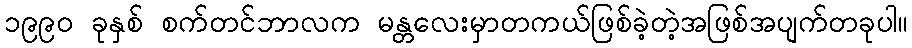
၁၉၉၀ ခုနှစ် စက်တင်ဘာလက မန္တလေးမှာတကယ်ဖြစ်ခဲ့တဲ့အဖြစ်အပျက်တခုပါ။